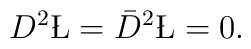
D^2 \L=\bar D^2 \L = 0.